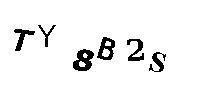
TY8B2S